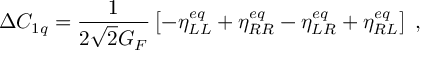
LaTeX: \Delta C _ { 1 q } = \frac { 1 } { 2 \sqrt { 2 } G _ { F } } \left[ - \eta _ { L L } ^ { e q } + \eta _ { R R } ^ { e q } - \eta _ { L R } ^ { e q } + \eta _ { R L } ^ { e q } \right] \; ,